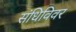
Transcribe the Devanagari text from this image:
संधिविवर